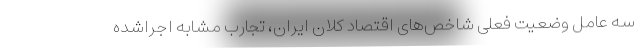
سه عامل وضعیت فعلی شاخص‌های اقتصاد کلان ایران، تجارب مشابه اجراشده